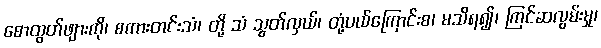
စောထွတ်ဖျားကို၊ စကားတင်းသံ၊ တို့ သံ သွတ်လှယ်၊ တုံ့ပယ်ကြောင်းစ၊ မသိရ၍၊ ကြင်ဆလွမ်းမှု၊